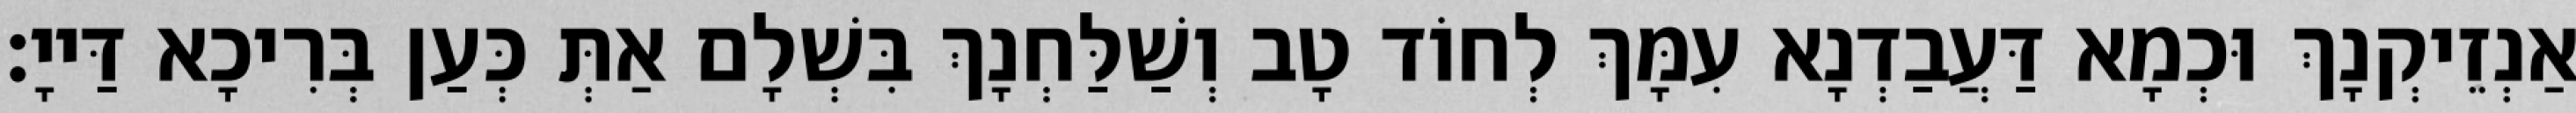
אַנְזֵיקְנָךְ וּכְמָא דַּעֲבַדְנָא עִמָּךְ לְחוֹד טָב וְשַׁלַּחְנָךְ בִּשְׁלָם אַתְּ כְּעַן בְּרִיכָא דַּייָ׃